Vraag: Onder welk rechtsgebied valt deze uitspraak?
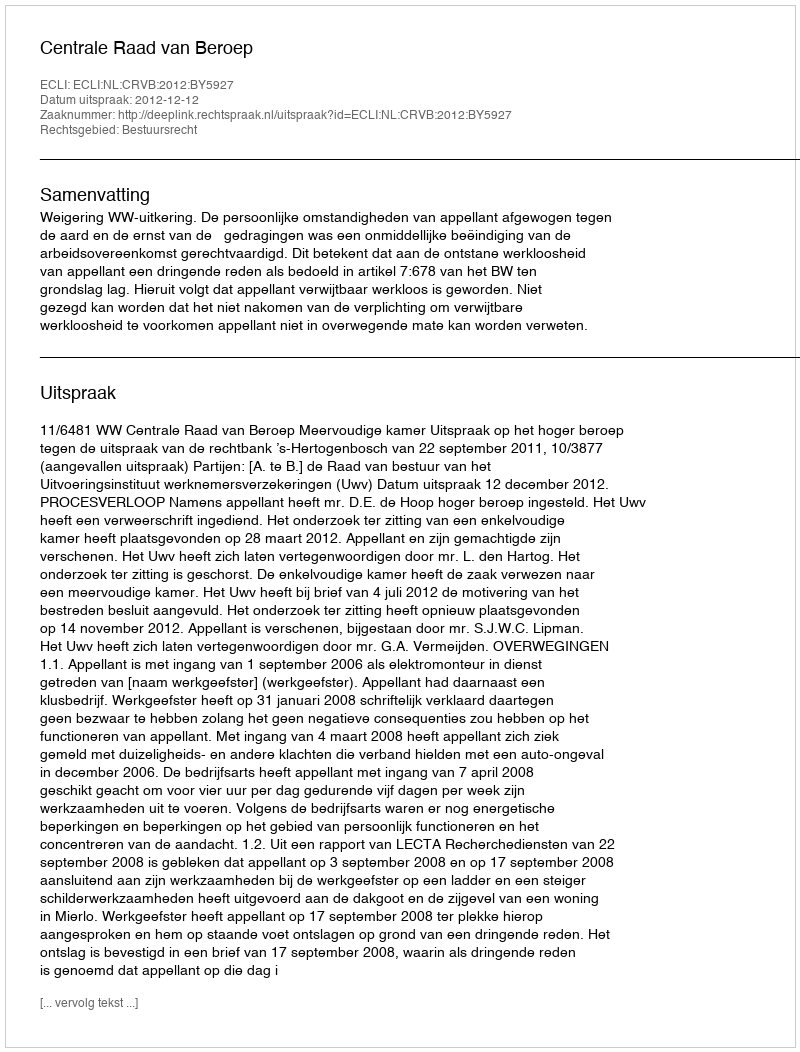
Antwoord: Bestuursrecht